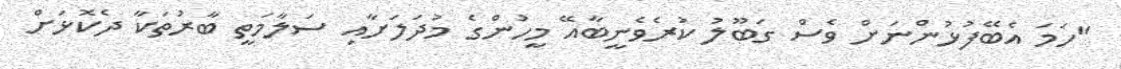
"ހަމަ އެބޭފުޅުންނަށް ވެސް ގަބޫލު ކުރެވެނީބާއޭ މީހުންގެ މުދަލަށާއި ސަލާމަތީ ބާރުތަކާ ދެކޮޅަށް